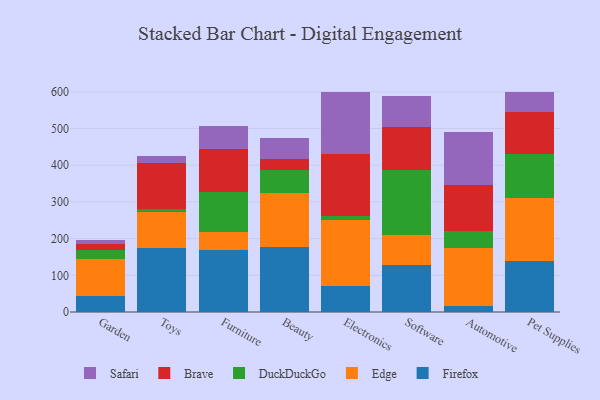
{"axis": {"x": "Category", "y": "Budget (USD K)"}, "legend": ["Brave", "DuckDuckGo", "Edge", "Firefox", "Safari"], "data": [{"x": "Garden", "y": 44.0, "type": "Firefox"}, {"x": "Garden", "y": 101.6, "type": "Edge"}, {"x": "Garden", "y": 24.4, "type": "DuckDuckGo"}, {"x": "Garden", "y": 16.0, "type": "Brave"}, {"x": "Garden", "y": 10.9, "type": "Safari"}, {"x": "Toys", "y": 175.6, "type": "Firefox"}, {"x": "Toys", "y": 95.6, "type": "Edge"}, {"x": "Toys", "y": 9.6, "type": "DuckDuckGo"}, {"x": "Toys", "y": 124.2, "type": "Brave"}, {"x": "Toys", "y": 20.5, "type": "Safari"}, {"x": "Furniture", "y": 170.2, "type": "Firefox"}, {"x": "Furniture", "y": 46.6, "type": "Edge"}, {"x": "Furniture", "y": 110.1, "type": "DuckDuckGo"}, {"x": "Furniture", "y": 117.9, "type": "Brave"}, {"x": "Furniture", "y": 63.0, "type": "Safari"}, {"x": "Beauty", "y": 176.1, "type": "Firefox"}, {"x": "Beauty", "y": 147.0, "type": "Edge"}, {"x": "Beauty", "y": 64.3, "type": "DuckDuckGo"}, {"x": "Beauty", "y": 28.2, "type": "Brave"}, {"x": "Beauty", "y": 57.5, "type": "Safari"}, {"x": "Electronics", "y": 71.3, "type": "Firefox"}, {"x": "Electronics", "y": 180.0, "type": "Edge"}, {"x": "Electronics", "y": 11.5, "type": "DuckDuckGo"}, {"x": "Electronics", "y": 168.4, "type": "Brave"}, {"x": "Electronics", "y": 169.4, "type": "Safari"}, {"x": "Software", "y": 128.2, "type": "Firefox"}, {"x": "Software", "y": 82.0, "type": "Edge"}, {"x": "Software", "y": 175.5, "type": "DuckDuckGo"}, {"x": "Software", "y": 118.6, "type": "Brave"}, {"x": "Software", "y": 83.6, "type": "Safari"}, {"x": "Automotive", "y": 15.3, "type": "Firefox"}, {"x": "Automotive", "y": 159.9, "type": "Edge"}, {"x": "Automotive", "y": 45.6, "type": "DuckDuckGo"}, {"x": "Automotive", "y": 124.2, "type": "Brave"}, {"x": "Automotive", "y": 145.1, "type": "Safari"}, {"x": "Pet Supplies", "y": 138.0, "type": "Firefox"}, {"x": "Pet Supplies", "y": 172.4, "type": "Edge"}, {"x": "Pet Supplies", "y": 121.0, "type": "DuckDuckGo"}, {"x": "Pet Supplies", "y": 113.4, "type": "Brave"}, {"x": "Pet Supplies", "y": 53.9, "type": "Safari"}]}